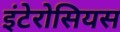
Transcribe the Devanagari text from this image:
इंटेरोसियस